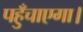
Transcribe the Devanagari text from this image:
पहुँचाएगा।